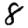
Digit: 8